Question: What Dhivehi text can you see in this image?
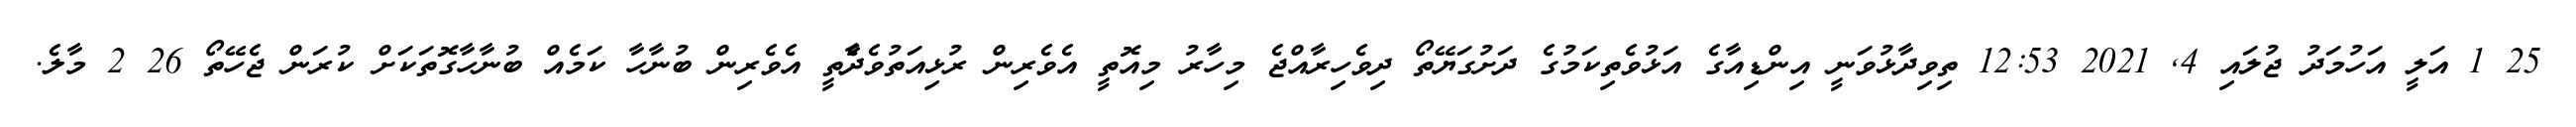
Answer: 25 1 އަލީ އަހުމަދު ޖުލައި 4, 2021 12:53 ތިވިދާޅުވަނީ އިންޑިއާގެ އަޅުވެތިކަމުގެ ދަށުގަޔޭތޯ ދިވެހިރާއްޖެ މިހާރު މިއޮތީ އެވެރިން ރުޅިއަތުވެދާެތީ އެވެރިން ބުނާހާ ކަމެއް ބުނާހާގޮތަކަށް ކުރަން ޖެހޭތޯ 26 2 މާލެ.